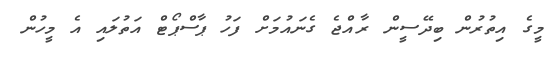
މީގެ އިތުރުން ބިދޭސީން ރާއްޖެ ގެނައުމަށް ފަހު ޕާސްޕޯޓް އަތުލައި އެ މީހުން